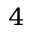
^ 4